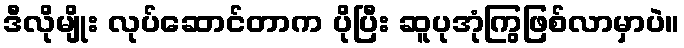
ဒီလိုမျိုး လုပ်ဆောင်တာက ပိုပြီး ဆူပုအုံကြွဖြစ်လာမှာပဲ။